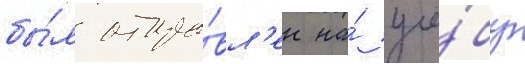
бы́л отпра́вл'ен на́ учё́бу